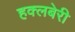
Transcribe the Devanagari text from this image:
हक्लबेरी